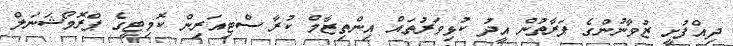
ދިއްފުށީ ޒުވާނުންގެ ފަރާތުން އީދު ކުޅިވަރުތައް އިންތިޒާމް ކުރާ ސްޓިއަރިން ކޮމިޓީގެ ޕްރޮމޯޝަނަލް